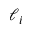
\ell _ { i }